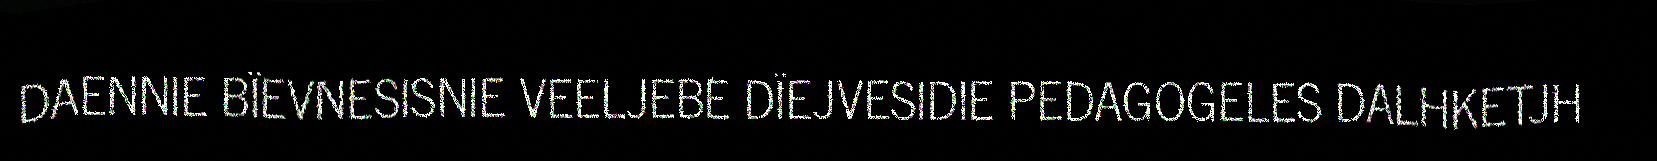
DAENNIE BÏEVNESISNIE VEELJEBE DÏEJVESIDIE PEDAGOGELES DALHKETJH